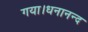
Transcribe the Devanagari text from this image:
गया।धनानन्द